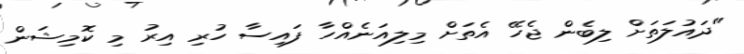
"ދައުލަތަށް ލިބެން ޖެހޭ އެތަށް މިލިއަނެއްހާ ފައިސާ ހުރި އިރު މި ކޮމިޝަން